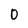
Character: 0